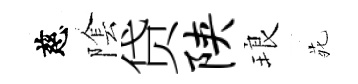
慈隂贷陕琅𫟍